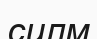
силм